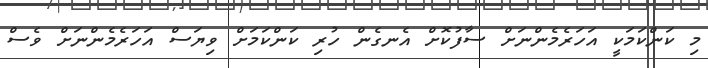
މި ކަންކަމަކީ އަހަރެމެންނަށް ސާފުކޮށް އެނގެން ހުރި ކަންކަމަށް ވިޔަސް އަހަރެމެންނަށް ވެސް